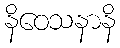
နိဝေသနာနိ